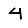
Digit: 4